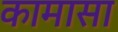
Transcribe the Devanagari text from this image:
कामासा